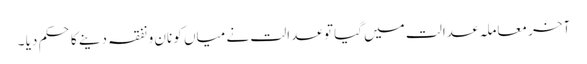
آخر معاملہ عدالت میں گیا تو عدالت نے میاں کو نان و نفقہ دینے کا حکم دیا ۔